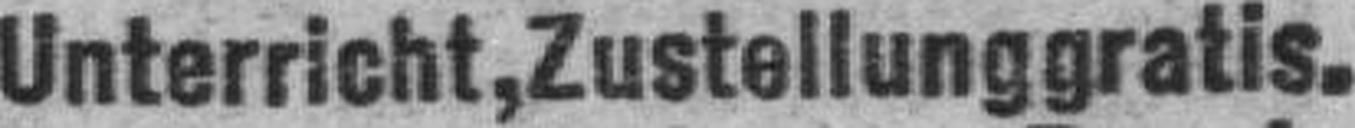
Unterricht, Zustellunggratis.